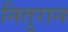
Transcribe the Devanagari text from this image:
नितुरान